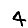
Digit: 4